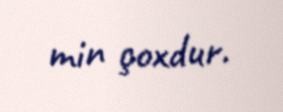
min çoxdur.